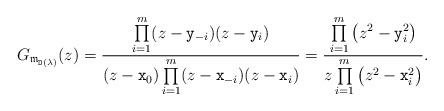
LaTeX: \begin{gather*}G_{\mathfrak{m}_{\mathtt{D}(\lambda)}}(z) = \frac{\prod\limits_{i=1}^m (z-\mathtt{y}_{-i})(z-\mathtt{y}_{i})}{(z-\mathtt{x}_0)\prod\limits_{i=1}^m (z-\mathtt{x}_{-i})(z-\mathtt{x}_i)}= \frac{\prod\limits_{i=1}^m \big(z^2-\mathtt{y}_i^2\big)}{z \prod\limits_{i=1}^m \big(z^2-\mathtt{x}_i^2\big)}.\end{gather*}